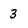
Character: 3